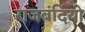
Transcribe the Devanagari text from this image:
राजबंदियो